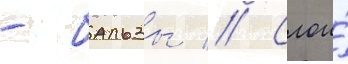
- бальзы // Слои́